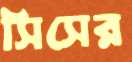
সিসের